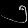
Digit: ၅